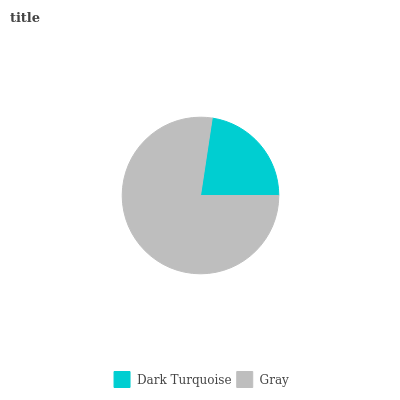
| Dark Turquoise | Gray |
 | --- | --- |
 | 22.6% | 77.4% |